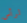
لرأس